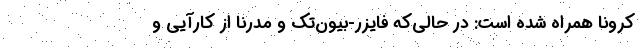
کرونا همراه شده است: در حالی‌که فایزر-بیون‌تک و مدرنا از کارآیی و